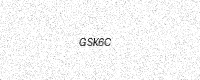
Text: GSK6C